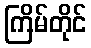
ကြိမ်တိုင်